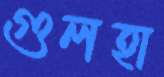
গুলহা